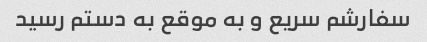
سفارشم سریع و به موقع به دستم رسید